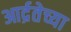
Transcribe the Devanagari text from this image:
आर्द्रतेच्या